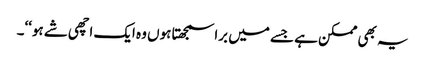
یہ بھی ممکن ہے جسے میں برا سمجھتا ہوں وہ ایک اچھی شے ہو‘‘۔